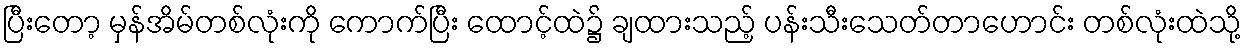
ပြီးတော့ မှန်အိမ်တစ်လုံးကို ကောက်ပြီး ထောင့်ထဲ၌ ချထားသည့် ပန်းသီးသေတ်တာဟောင်း တစ်လုံးထဲသို့